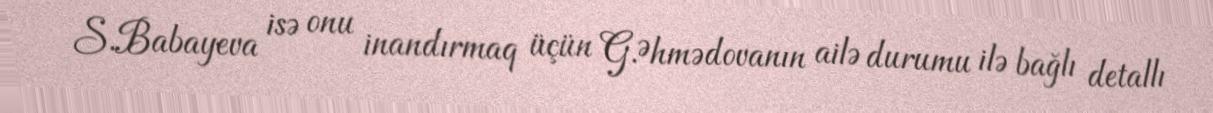
S.Babayeva isə onu inandırmaq üçün G.Əhmədovanın ailə durumu ilə bağlı detallı